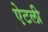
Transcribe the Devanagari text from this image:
ऐटली